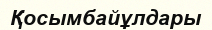
Қосымбайұлдары